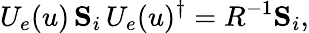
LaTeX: U_{e}(u)\, {\mathbf{S}}_{i}\, U_{e}(u)^{\dagger}=R^{-1}{\mathbf{S}}_{i},